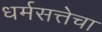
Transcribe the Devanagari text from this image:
धर्मसत्तेचा